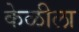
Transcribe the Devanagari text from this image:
केळीला